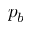
p _ { b }